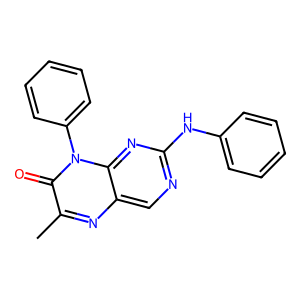
SMILES: Cc1nc2cnc(Nc3ccccc3)nc2n(-c2ccccc2)c1=O
Inhibits HIV replication: No